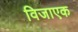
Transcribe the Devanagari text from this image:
विजाएक